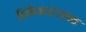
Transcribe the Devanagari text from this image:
निकटतक